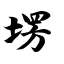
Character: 塄